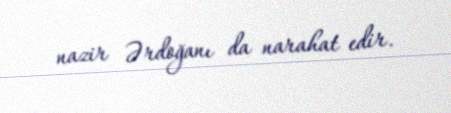
nazir Ərdoğanı da narahat edir.